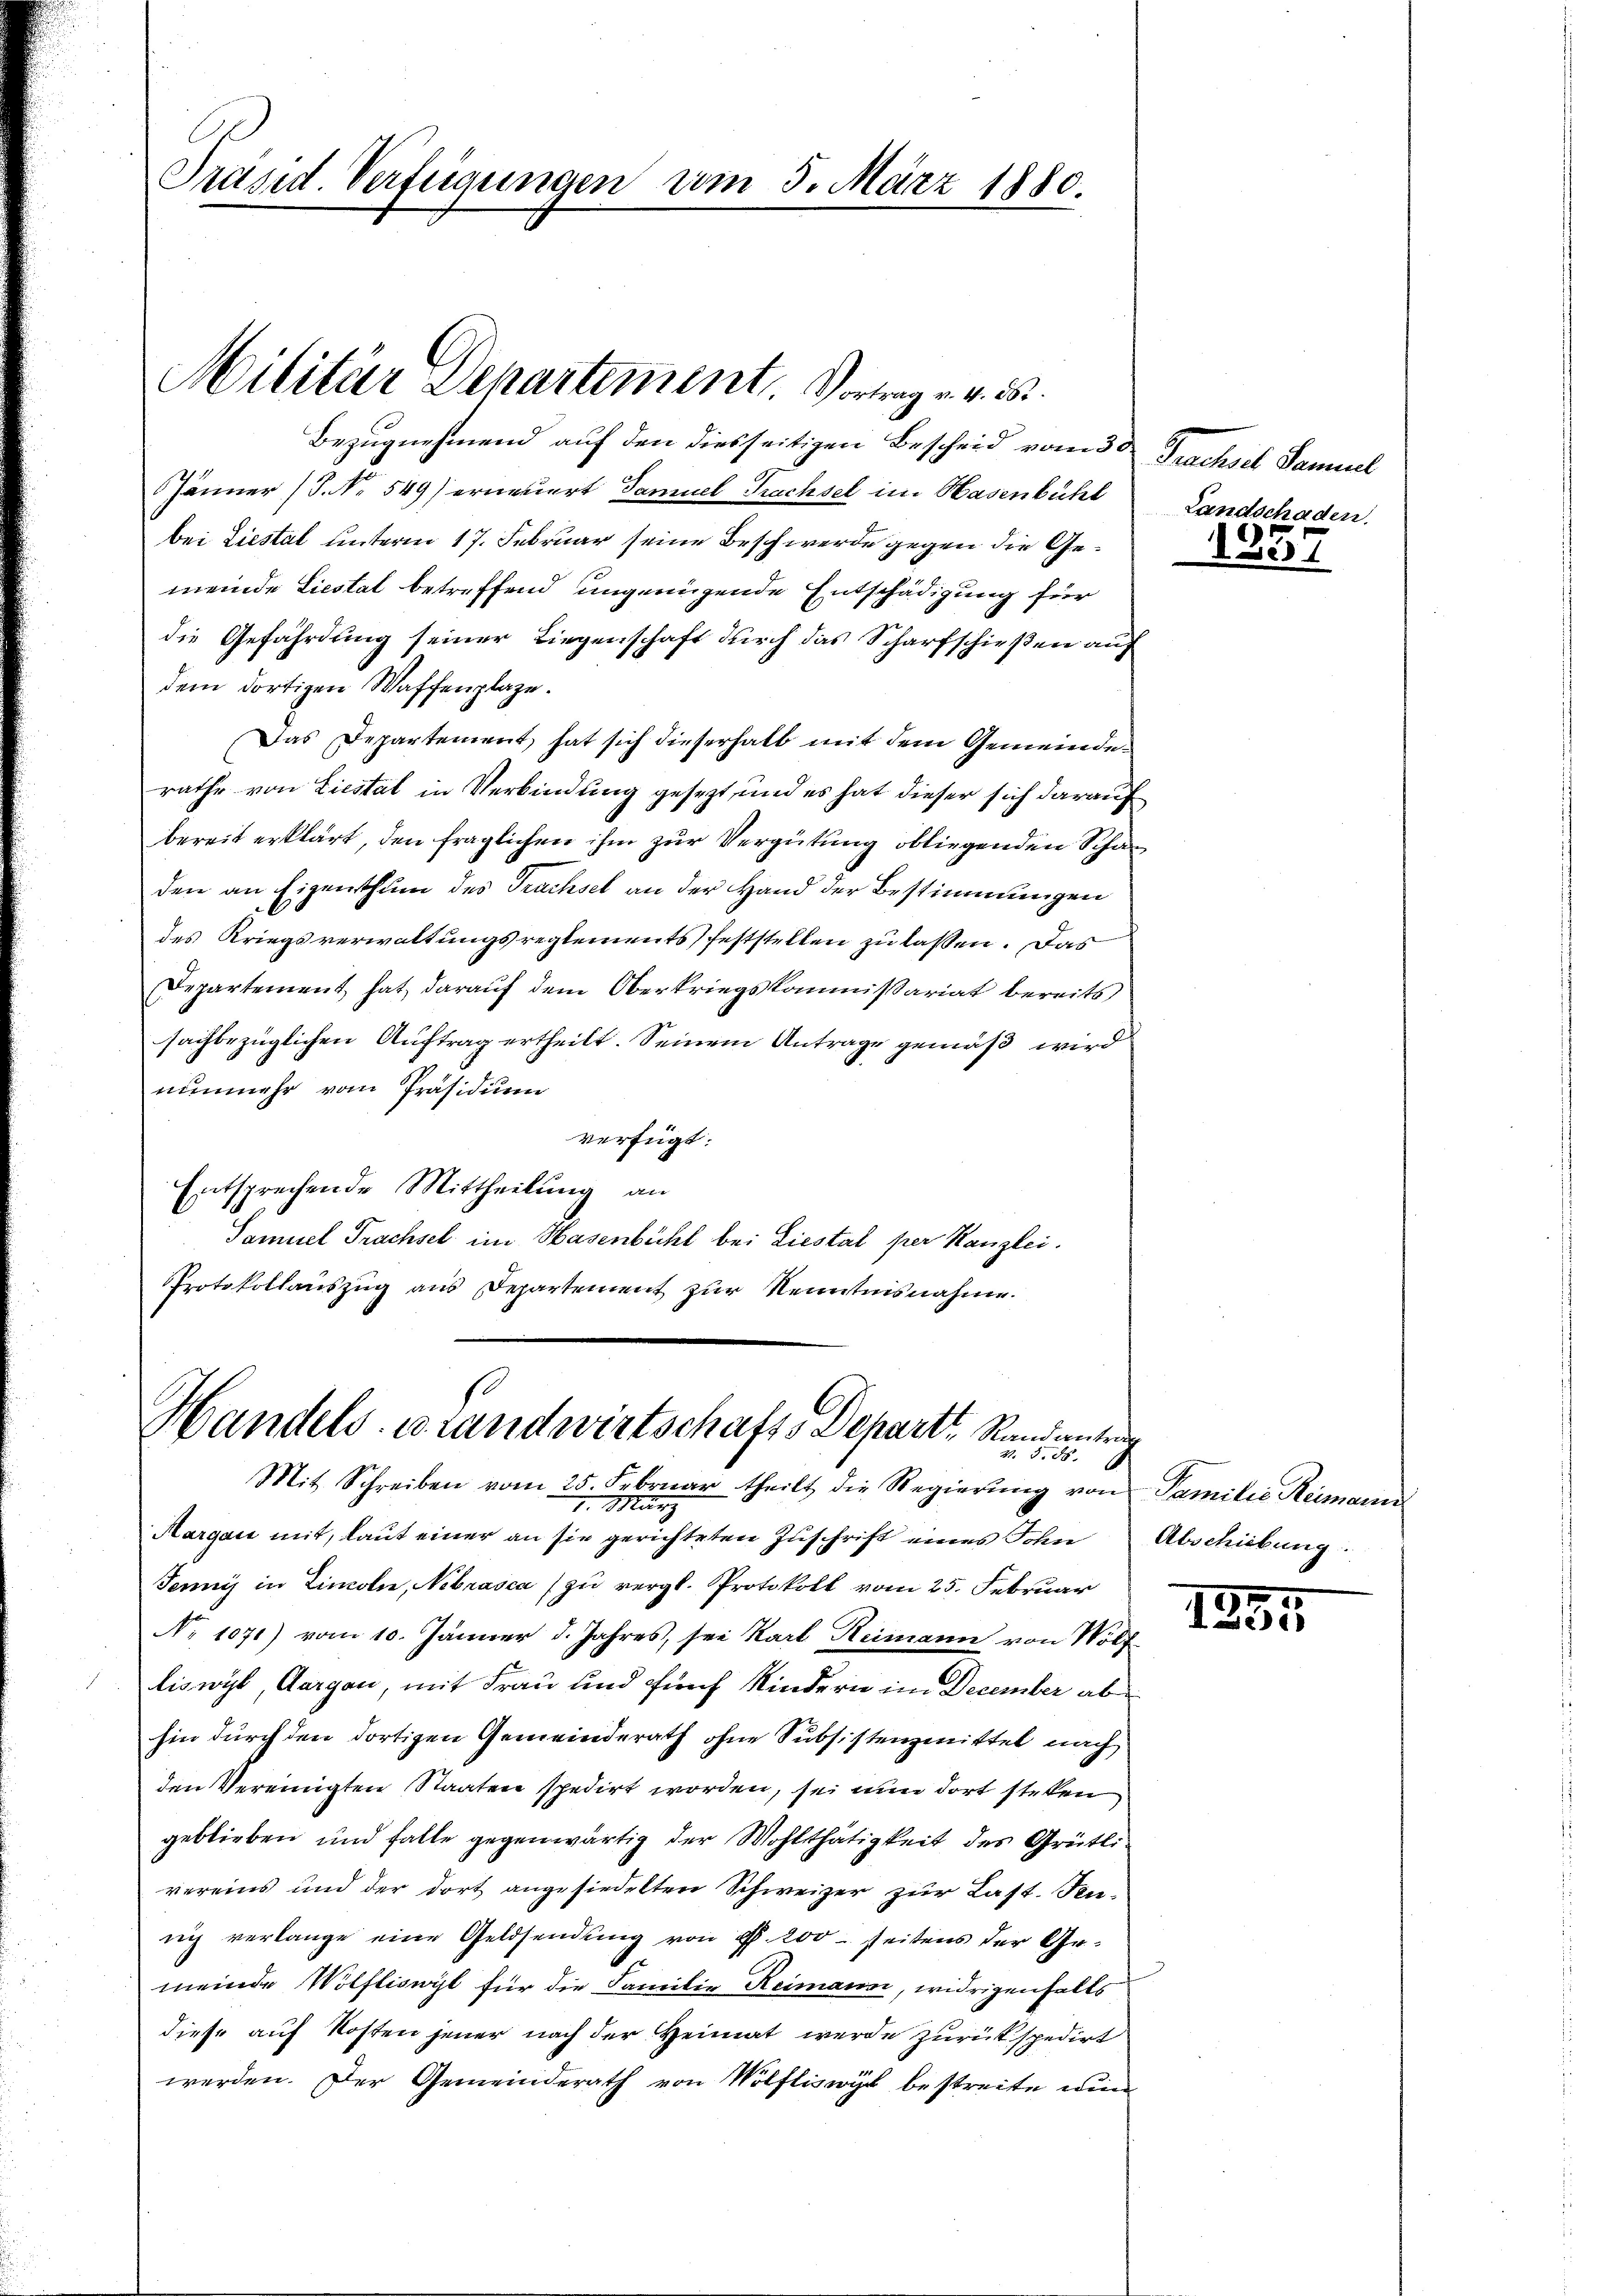
Präsid. Verfügungen um 5. März 1880.

Militär Departement. Vortrag v. v. 25.

Bezugnehmend auf den diesseitigen Bescheid vom 3 te Prachsel Samuel
Jänner (S. Nr. 549) erneuert Samuel Trachsel im Hasenbühl Landschaden.
bei Liestal unterm 17. Februar seine Beschwerde gegen die Gemeinde Liestal betreffend ungenügende Entschädigung für
die Gefährdung seiner Liegenschaft durch das Scharfschießen auf
dem dortigen Waffenplaze.
Das Departement hat sich dieserhalb mit dem Gemeinderathe von Liestal in Verbindung gesezt, und es hat dieser sich darauf
bereit erklärt, den fraglichen ihm zur Vergütung obliegenden Schaden an Eigenthum des Trachsel an der Hand der Bestimmungen
des Kriegsverwaltungsreglements feststellen zu lassen. Das
Departement hat darauf dem Oberkriegskommissariat bereits
sachbezüglichen Auftrag ertheilt. Seinem Antrage gemäß wird
nunmehr vom Präsidium
verfügt:
Entsprechende Mittheilung an
Samuel Trachsel im Hasenbühl bei Liestal per Kanzlei.
Protokollauszug aus Departement zur Kenntnisnahme.

Handels-Brandwirtschafts Depart, Randanterg
3. 85. 6
Mit Schreiben vom 25. Februar theilt die Regierŭng von Familie Reimann

1. März
Margau mit, laut einer an sie gerichteten Zuschrift eines Sohn Abschiebung
Jennis in Zincoln, Nibrasca (zu vergl. Protokoll vom 25. Februar
No 1071) vom 10. Jänner d. Jahres, sei Karl Reimann von Wölf
liswyl, Aargau, mit Frau und fünf Kindern im December ab
hin durch den dortigen Gemeinderath ohne Subsistenzmittel nach
den Vereinigten Staaten spedirt worden, sei nun dort stehen
geblieben und falle gegenwärtig der Wohlthätigkeit des Grütli
vereins und der dort angesiedelten Schweizer zur Last. Fenrich verlange eine Geldsendung von P. 200 seitens der Gemeinde Wölfliswyl für die Familie Reimann, widrigenfalls
diese auf Kosten jener nach der Heimat werde zurückspedirt
werden. Der Gemeinderath von Wölfliswyl bestreite wun

1255

1337